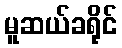
မူဆယ်ခရိုင်